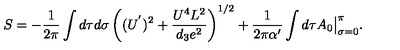
S = - { \frac { 1 } { 2 \pi } } \int d \tau d \sigma \left( ( U ^ { ' } ) ^ { 2 } + \frac { U ^ { 4 } L ^ { 2 } } { d _ { 3 } e ^ { 2 } } \right) ^ { 1 / 2 } + { \frac { 1 } { 2 \pi \alpha ^ { \prime } } } \int d \tau A _ { 0 } \big \vert _ { \sigma = 0 } ^ { \pi } .